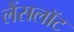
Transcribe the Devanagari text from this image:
लैंसलॉट